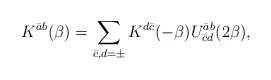
\begin{align*}K^{\bar a b} (\beta) = \sum_{\bar c, d = \pm} K^{d \bar c} ( - \beta) U_{\bar c d}^{\bar a b} ( 2 \beta),\end{align*}